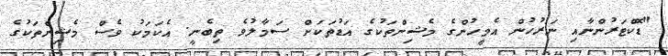
"ޑޮކްޓަރުންނާއި ނަރުހުން އެމީހުންގެ މެޝިންތަކުގެ އަޑުތަކަށް ސަމާލުވެ ތިބެނީ. އެކަމަކު ވެސް މެޝިންތަކުގެ